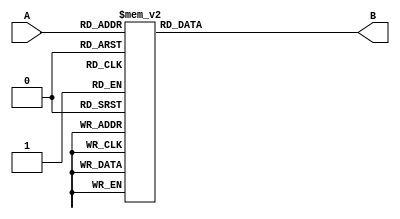
module encoding(A,B);
input [2:0]A;
//if we gonna use the always we should use the out as reg
output reg [6:0]B;
parameter USE_GRAY = 1;

always@(*)begin
    if(USE_GRAY)begin // if USE_gray is set we gonna use the grayCode
        case(A)
        3'b000: B = 3'b000;
        3'b001: B = 3'b001;
        3'b010: B = 3'b011;
        3'b011: B = 3'b010;
        3'b100: B = 3'b110;
        3'b101: B = 3'b111;
        3'b110: B = 3'b101;
        3'b111: B = 3'b100;

        endcase

    end else begin
        case(A)
        3'b000: B = 7'b0000000;
        3'b001: B = 7'b0000001;
        3'b010: B = 7'b0000010;
        3'b011: B = 7'b0000100;
        3'b100: B = 7'b0001000;
        3'b101: B = 7'b0010000;
        3'b110: B = 7'b0100000;
        3'b111: B = 7'b1000000;
        endcase
    end
end
endmodule